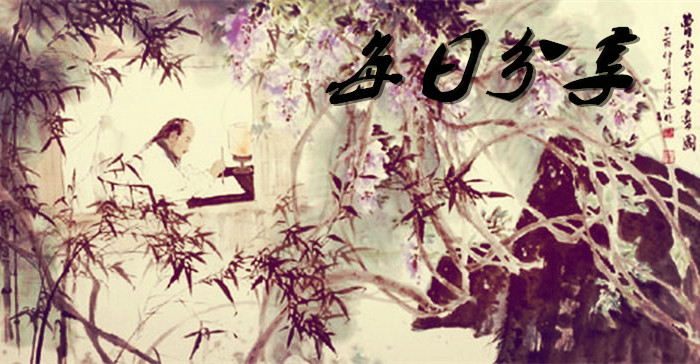
冻脸有痕皆是血，酸心无恨亦成灰。